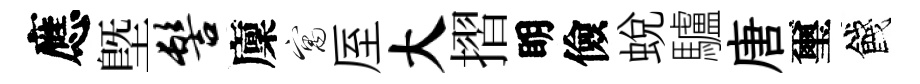
應塈髻廩寓厔大摺眀儉蜕驢唐璽餞